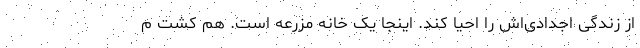
از زندگی اجدادی‌اش را احیا کند. اینجا یک خانه مزرعه است. هم کشت م